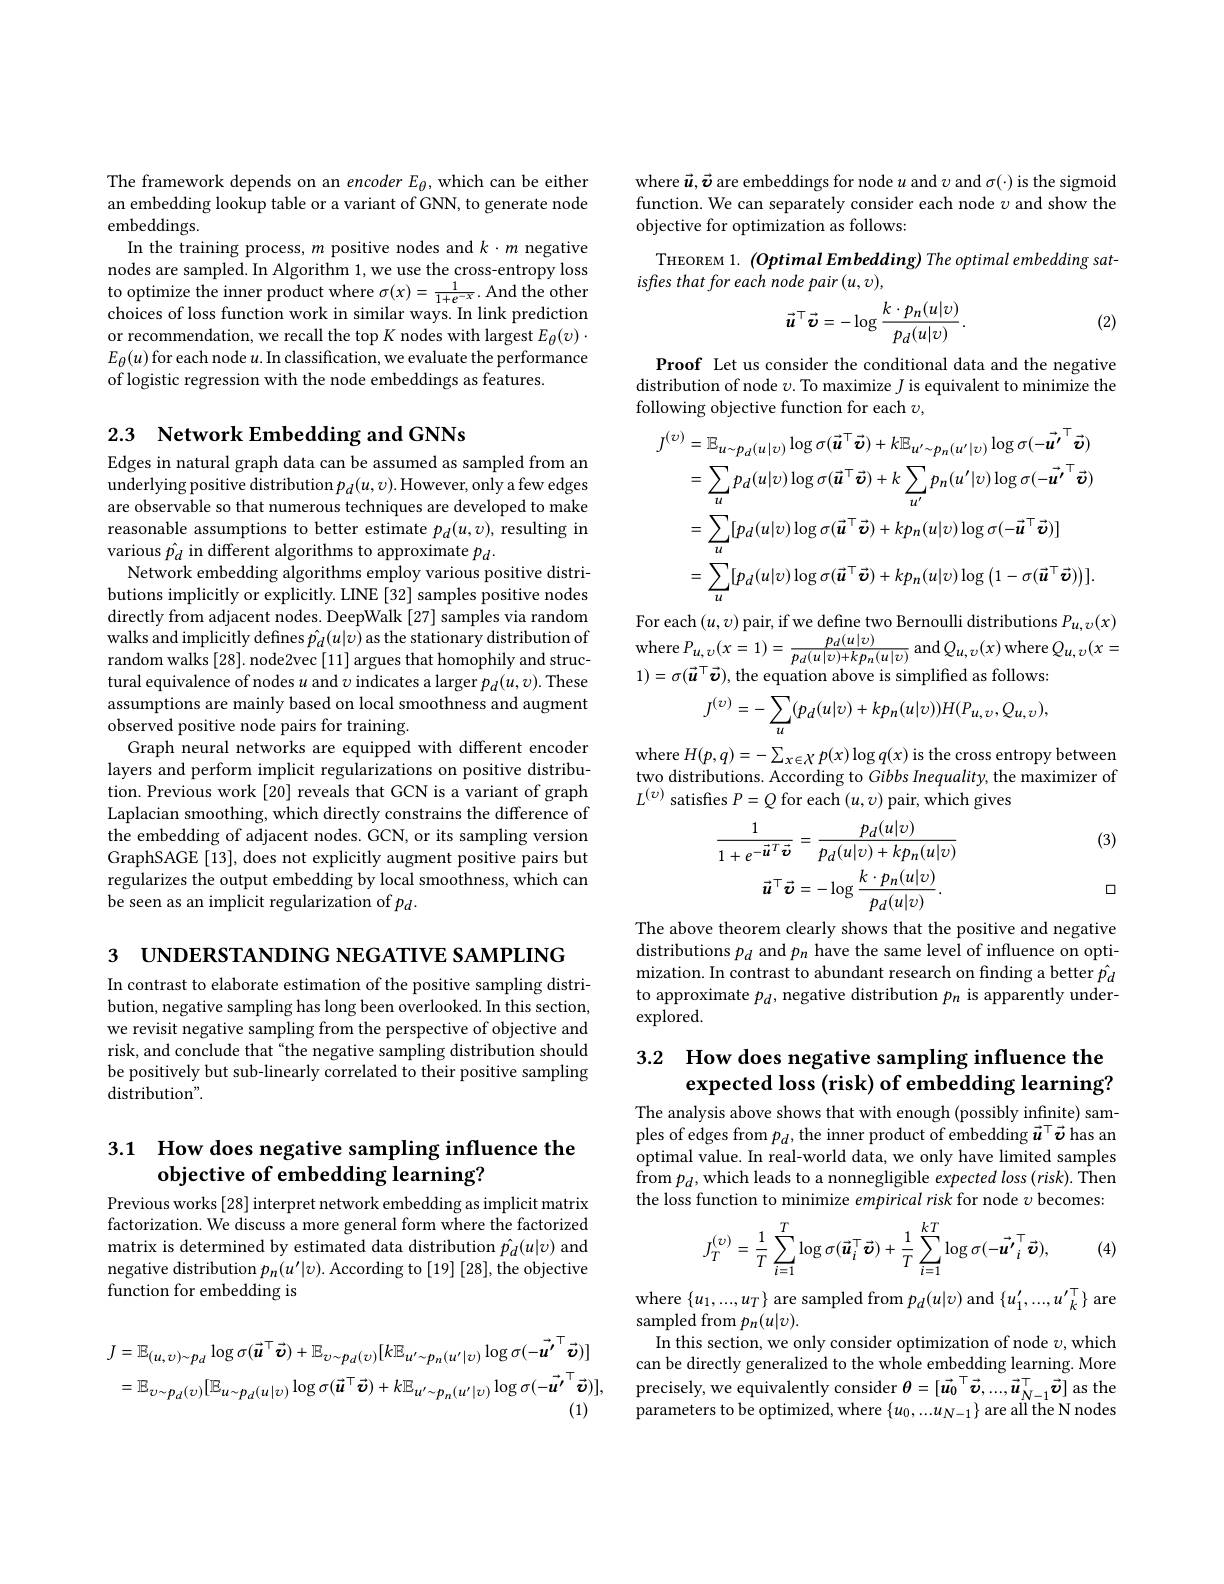
The framework depends on an encoder $E_\theta$,which can be either an embedding lookup table or a variant of GNN, to generate node embeddings.
In the training process, $m$ positive nodes and $k\cdot m$ negative nodes are sampled. In Algorithm 1, we use the cross-entropy loss to optimize the inner product where $\sigma(x)=\frac1{1+e^{-x}}.$ And the other choices of loss function work in similar ways. In link prediction or recommendation, we recall the top K nodes with largest $E_\theta(v)\cdot$ $E_\theta(u)$ for each node $u.$ In classification, we evaluate the performance of logistic regression with the node embeddings as features

# 2.3 Network Embedding and GNNs

Edges in natural graph data can be assumed as sampled from an underlying positive distribution $p_d(u,v).$ However, only a few edges are observable so that numerous techniques are developed to make reasonable assumptions to better estimate $p_d(u,v)$, resulting in various $\hat{p_d}$ in different algorithms to approximate $p_d.$
Network embedding algorithms employ various positive distributions implicitly or explicitly. LINE [32] samples positive nodes directly from adjacent nodes. DeepWalk [27] samples via random walks and implicitly defines $\hat{p}_d(u|v)$ as the stationary distribution of random walks [28]. node2vec [11] argues that homophily and structural equivalence of nodes $u$ and $v$ indicates a larger $p_d(u,v).$ These assumptions are mainly based on local smoothness and augment observed positive node pairs for training.
Graph neural networks are equipped with different encoder layers and perform implicit regularizations on positive distribution. Previous work [20] reveals that GCN is a variant of graph Laplacian smoothing, which directly constrains the difference of the embedding of adjacent nodes. GCN, or its sampling version GraphSAGE [13], does not explicitly augment positive pairs but regularizes the output embedding by local smoothness, which can be seen as an implicit regularization of $p_d.$

3 UNDERSTANDING NEGATIVE SAMPLING

In contrast to elaborate estimation of the positive sampling distribution, negative sampling has long been overlooked. In this section, we revisit negative sampling from the perspective of objective and risk, and conclude that “the negative sampling distribution should be positively but sub-linearly correlated to their positive sampling distribution".

## 3.1 How does negative sampling influence the objective of embedding learning?

Previous works [28] interpret network embedding as implicit matrix factorization. We discuss a more general form where the factorized matrix is determined by estimated data distribution $\hat{p_d}(u|\upsilon)$ and negative distribution $p_n(u^{\prime}|v).$ According to [19] [28], the objective function for embedding is
$$\begin{aligned}\text{J}&=\mathbb{E}_{(u,\upsilon)\sim p_{d}}\log\sigma(\vec{\boldsymbol{u}}^{\top}\vec{\boldsymbol{v}})+\mathbb{E}_{v\sim p_{d}(\upsilon)}[k\mathbb{E}_{u^{\prime}\sim p_{n}(u^{\prime}|\upsilon)}\log\sigma(-\vec{\boldsymbol{u^{\prime}}}^{\top}\vec{\boldsymbol{v}})]\\&=\mathbb{E}_{v\sim p_{d}(\upsilon)}[\mathbb{E}_{u\sim p_{d}(u|\upsilon)}\log\sigma(\vec{\boldsymbol{u}}^{\top}\vec{\boldsymbol{v}})+k\mathbb{E}_{u^{\prime}\sim p_{n}(u^{\prime}|\upsilon)}\log\sigma(-\vec{\boldsymbol{u^{\prime}}}^{\top}\vec{\boldsymbol{v}})],\\&&\text{(1)}\end{aligned}$$
where $\vec{\boldsymbol{u}},\vec{\boldsymbol{v}}$ are embeddings for node $u$ and $v$ and $\sigma(\cdot)$ is the sigmoid function. We can separately consider each node $\upsilon$ and show the objective for optimization as follows:
THEOREM 1. $(OptimalEmbedding)$ The optimal embedding sat-
isfies that for each node pair (u,v),

(2)
$$\vec{\boldsymbol{u}}^{\top}\vec{\boldsymbol{v}}=-\log\frac{k\cdot p_{n}(u|v)}{p_{d}(u|v)}.$$
Proof Let us consider the conditional data and the negative distribution of node $\upsilon$. To maximize $J$ is equivalent to minimize the following objective function for each $\upsilon$,
$$\begin{aligned}J^{(\upsilon)}&=\mathbb{E}_{u\sim p_{d}(u|\upsilon)}\log\sigma(\vec{\boldsymbol{u}}^{\top}\vec{\boldsymbol{v}})+k\mathbb{E}_{u^{\prime}\sim p_{n}(u^{\prime}|\upsilon)}\log\sigma(-\vec{\boldsymbol{u'}}^{\top}\vec{\boldsymbol{v}})\\&=\sum_{u}p_{d}(u|\upsilon)\log\sigma(\vec{\boldsymbol{u}}^{\top}\vec{\boldsymbol{v}})+k\sum_{u^{\prime}}p_{n}(u^{\prime}|\upsilon)\log\sigma(-\vec{\boldsymbol{u'}}^{\top}\vec{\boldsymbol{v}})\\&=\sum_{u}[p_{d}(u|\upsilon)\log\sigma(\vec{\boldsymbol{u}}^{\top}\vec{\boldsymbol{v}})+kp_{n}(u|\upsilon)\log\sigma(-\vec{\boldsymbol{u}}^{\top}\vec{\boldsymbol{v}})]\\&=\sum_{u}[p_{d}(u|\upsilon)\log\sigma(\vec{\boldsymbol{u}}^{\top}\vec{\boldsymbol{v}})+kp_{n}(u|\upsilon)\log\left(1-\sigma(\vec{\boldsymbol{u}}^{\top}\vec{\boldsymbol{v}})\right)].\end{aligned}$$
For each $(u,\upsilon)$ pair, if we define two Bernoulli distributions $P_{u,\upsilon}(x)$

where $P_{u, v}( x= 1) = \frac {p_{d}( u| v) }{p_{d}( u| v) + kp_{n}( u| v) }$ and $Q_{u,v}(x)$ where $Q_{u,v}(x=$

$1)=\sigma(\vec{u}^{\top}\vec{\boldsymbol{\upsilon}})$,the equation above is simplified as follows:
$$J^{(v)}=-\sum_{u}(p_{d}(u|v)+kp_{n}(u|v))H(P_{u,v},Q_{u,v}),$$
where $H(p,q)=-\sum_{x\in X}p(x)\log q(x)$ is the cross entropy between two distributions. According to Gibbs Inequality, the maximizer of $L^{(v)}$ satisfies $P=Q$ for each $(u,v)$ pair, which gives

(3)
$$\frac{1}{1+e^{-\vec{\boldsymbol{u}}^{T}\vec{\boldsymbol{v}}}}=\frac{p_{d}(u|v)}{p_{d}(u|v)+kp_{n}(u|v)}\\\vec{\boldsymbol{u}}^{\top}\vec{\boldsymbol{v}}=-\log\frac{k\cdot p_{n}(u|v)}{p_{d}(u|v)}.$$
口

The above theorem clearly shows that the positive and negative distributions $p_d$ and $p_n$ have the same level of influence on optimization. In contrast to abundant research on finding a better $\hat{p}_d$ to approximate $p_d$, negative distribution $p_n$ is apparently under- $\exp$lored.

# 3.2 How does negative sampling influence the expected loss (risk) of embedding learning?

The analysis above shows that with enough (possibly infinite) samples of edges from $p_d$, the inner product of embedding $\vec{\boldsymbol{u}}^\top\vec{\boldsymbol{\upsilon}}$ has an optimal value. In real-world data, we only have limited samples from $p_d$,which leads to a nonnegligible expected loss $(risk).$ Then the loss function to minimize empirical risk for node $\upsilon$ becomes:
$$J_{T}^{(\upsilon)}=\frac{1}{T}\sum_{i=1}^{T}\log\sigma(\vec{\boldsymbol{u}}_{i}^{\top}\vec{\boldsymbol{v}})+\frac{1}{T}\sum_{i=1}^{kT}\log\sigma(-\vec{\boldsymbol{u'}}_{i}^{\top}\vec{\boldsymbol{v}}),$$
(4)

where $\{u_{1},...,u_{T}\}$ are sampled from $p_d(u|v)$ and $\{u_1^{\prime},...,u_{k}^{\prime\top}\}$ are

sampled from $p_n(u|v).$
In this section, we only consider optimization of node $v$,which can be directly generalized to the whole embedding learning. More precisely, we equivalently consider $\theta=[\vec{u_{0}}^{\top}\vec{\boldsymbol{\upsilon}},...,\vec{\boldsymbol{u}}_{N-1}^{\top}\vec{\boldsymbol{\upsilon}}]$ as the parameters to be optimized, where $\{u_0,...u_{N-1}\}$ are all the N nodes